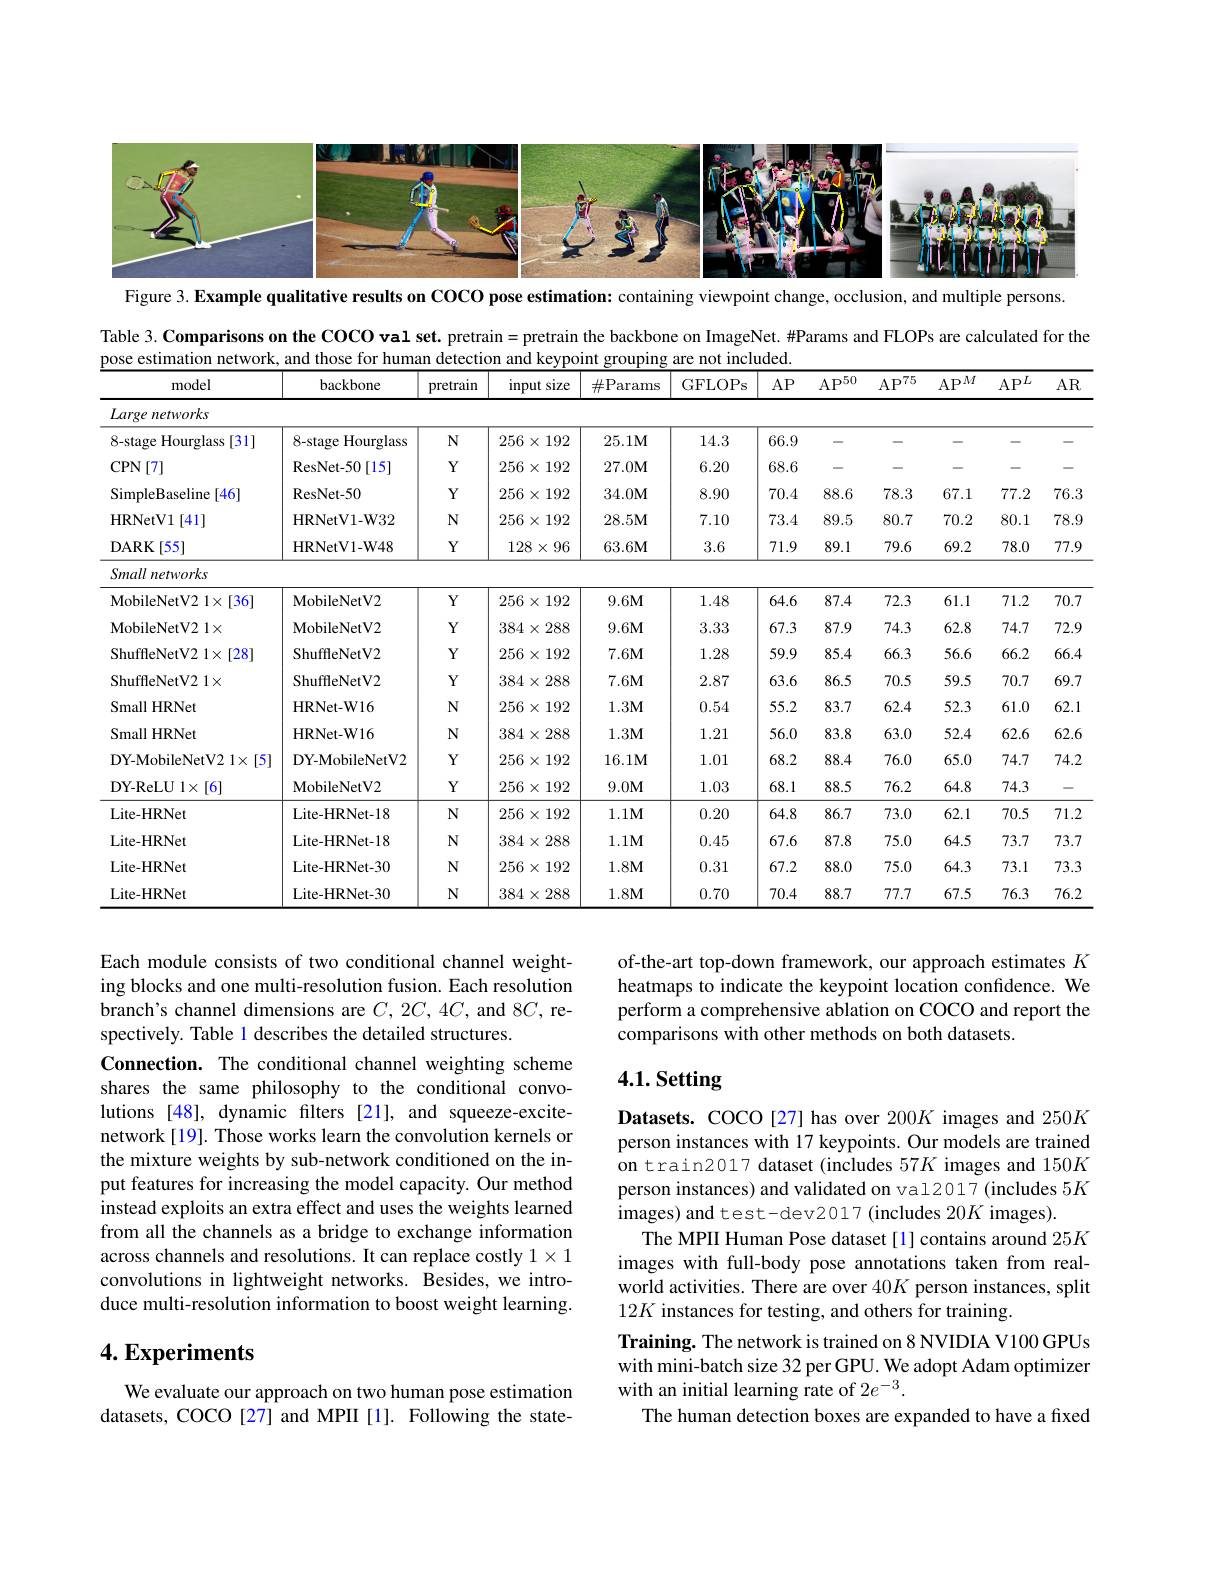
<FigureHere>

Figure 3. Example qualitative results on COCO pose estimation: containing viewpoint change, occlusion, and multiple persons.

Table 3. Comparisons on the COCO val set. pretrain = pretrain the backbone on ImageNet. #Params and FLOPs are calculated for the
detection
not included.
<table>
	<tbody>
		<tr>
			<th>model</th>
			<th>backbone</th>
			<th>pretrain</th>
			<th>input size</th>
			<th>$\#$Pa arams</th>
			<th>GFLOPs</th>
			<th>$AP$</th>
			<th>$AP^{50}$</th>
			<th>$AP75$</th>
			<th>$APM$</th>
			<th>$APL$</th>
			<th>$AR$</th>
		</tr>
		<tr>
			<td>Large networks</td>
			<td> </td>
			<td> </td>
			<td> </td>
			<td> </td>
			<td> </td>
			<td> </td>
			<td> </td>
			<td> </td>
			<td> </td>
			<td> </td>
			<td> </td>
		</tr>
		<tr>
			<td>8-stage Hourglass [31] 1</td>
			<td>8-stage F Hourglass</td>
			<td>$N$</td>
			<td>$256\times$ 192</td>
			<td>$25.1\mathbf{M}$</td>
			<td>14.3</td>
			<td>66.9</td>
			<td>-</td>
			<td>-</td>
			<td>-</td>
			<td>- </td>
			<td> </td>
		</tr>
		<tr>
			<td>$CPN[7]$</td>
			<td>ResNet-50[15]</td>
			<td>Y</td>
			<td>$256\times$ 192</td>
			<td>$27.0\mathbf{M}$</td>
			<td>6.20</td>
			<td>68.6</td>
			<td>一</td>
			<td></td>
			<td>一</td>
			<td> </td>
			<td>-</td>
		</tr>
		<tr>
			<td>SimpleBaseline $\Xi[46]$</td>
			<td>ResNet-50</td>
			<td>Y</td>
			<td>$256\times$ 192</td>
			<td>$34.0\mathbf{M}$</td>
			<td>8.90</td>
			<td>70.4</td>
			<td>88.6</td>
			<td>78.3</td>
			<td>67.1</td>
			<td>77.2</td>
			<td>76.3</td>
		</tr>
		<tr>
			<td>HRNetV1 [41]</td>
			<td>HRNetV1-W32</td>
			<td>$N$</td>
			<td>$256\times$ 192</td>
			<td>$28.5\mathbf{M}$</td>
			<td>7.10</td>
			<td>73.4</td>
			<td>89.5</td>
			<td>80.7</td>
			<td>70.2</td>
			<td>80.1</td>
			<td>78.9</td>
		</tr>
		<tr>
			<td>DARK[ [55]</td>
			<td>HRNetV1-W48</td>
			<td>$Y$</td>
			<td>$128\times96$</td>
			<td>$63.6\mathbf{M}$</td>
			<td>3.6</td>
			<td>71.9</td>
			<td>89.1</td>
			<td>79.6</td>
			<td>69.2</td>
			<td>78.0</td>
			<td>77.9</td>
		</tr>
		<tr>
			<td>Small networks</td>
			<td> </td>
			<td> </td>
			<td> </td>
			<td> </td>
			<td> </td>
			<td> </td>
			<td> </td>
			<td> </td>
			<td> </td>
			<td> </td>
			<td> </td>
		</tr>
		<tr>
			<td>${\mathrm{MobileNetV2~1\times}}$ $\times[36]$</td>
			<td>MobileNetV2</td>
			<td>$Y$</td>
			<td>$256\times$ 192 1</td>
			<td>$9.6M$</td>
			<td>1.48</td>
			<td>64.6</td>
			<td>87.4</td>
			<td>72.3</td>
			<td>61.1</td>
			<td>71.2</td>
			<td>70.7</td>
		</tr>
		<tr>
			<td>MobileNetV2 1\times </td>
			<td>MobileNetV2</td>
			<td>Y</td>
			<td>$384\times288$</td>
			<td>$9.6M$</td>
			<td>3.33</td>
			<td>67.3</td>
			<td>87.9</td>
			<td>74.3</td>
			<td>62.8</td>
			<td>74.7</td>
			<td>72.9</td>
		</tr>
		<tr>
			<td>ShuffleNetV2 1\times [28] </td>
			<td>ShuffleNetV2</td>
			<td>Y</td>
			<td>$256\times$ 192 </td>
			<td>$7.6\mathbf{M}$</td>
			<td>1.28</td>
			<td>59.9</td>
			<td>85.4</td>
			<td>66.3</td>
			<td>56.6</td>
			<td>66.2</td>
			<td>66.4</td>
		</tr>
		<tr>
			<td>ShuffleNetV2 1\times </td>
			<td>ShuffleNetV2</td>
			<td>Y</td>
			<td>$384\times288$</td>
			<td>$7.6M$</td>
			<td>2.87</td>
			<td>63.6</td>
			<td>86.5</td>
			<td>70.5</td>
			<td>59.5</td>
			<td>70.7</td>
			<td>69.7</td>
		</tr>
		<tr>
			<td>Small HRNet</td>
			<td>HRNet-W16</td>
			<td>$N$</td>
			<td>$256\times$ 192 1</td>
			<td>$1.3\mathbf{M}$</td>
			<td>0.54</td>
			<td>55.2</td>
			<td>83.7</td>
			<td>62.4</td>
			<td>52.3</td>
			<td>61.0</td>
			<td>62.1</td>
		</tr>
		<tr>
			<td>Small HRNet</td>
			<td>HRNet- W16</td>
			<td>$N$</td>
			<td>$384\times288$</td>
			<td>$1.3\mathbf{M}$</td>
			<td>1.21</td>
			<td>56.0</td>
			<td>83.8</td>
			<td>63.0</td>
			<td>52.4</td>
			<td>62.6</td>
			<td>62.6</td>
		</tr>
		<tr>
			<td>DY-MobileNetV2 1×[5]</td>
			<td>DY-MobileNetV2</td>
			<td>$Y$</td>
			<td>$256\times$ 192</td>
			<td>16.1M</td>
			<td>1.01</td>
			<td>68.2</td>
			<td>88.4</td>
			<td>76.0</td>
			<td>65.0</td>
			<td>74.7</td>
			<td>74.2</td>
		</tr>
		<tr>
			<td>${\mathrm{DY-ReLU~1\times[6]}}$</td>
			<td>MobileNetV2</td>
			<td>$Y$</td>
			<td>$256\times$ 192</td>
			<td>$9.0M$</td>
			<td>1.03</td>
			<td>68.1</td>
			<td>88.5</td>
			<td>76.2</td>
			<td>64.8</td>
			<td>74.3</td>
			<td>- -</td>
		</tr>
		<tr>
			<td>Lite-HRNet</td>
			<td>Lite-HRNet-18</td>
			<td>$N$</td>
			<td>$256\times$ 192 </td>
			<td>$1.1M$</td>
			<td>0.20</td>
			<td>64.8</td>
			<td>86.7</td>
			<td>73.0</td>
			<td>62.1</td>
			<td>70.5</td>
			<td>71.2</td>
		</tr>
		<tr>
			<td>Lite-HRNet</td>
			<td>Lite-HRNet-18</td>
			<td>$N$</td>
			<td>$384\times288$</td>
			<td>$1.1M$</td>
			<td>0.45</td>
			<td>67.6</td>
			<td>87.8</td>
			<td>75.0</td>
			<td>64.5</td>
			<td>73.7</td>
			<td>73.7</td>
		</tr>
		<tr>
			<td>Lite-HRNet</td>
			<td>Lite- HRNet- 30</td>
			<td>$N$</td>
			<td>$256\times$ 192</td>
			<td>$1.8M$</td>
			<td>0.31</td>
			<td>67.2</td>
			<td>88.0</td>
			<td>75.0</td>
			<td>64.3</td>
			<td>73.1</td>
			<td>73.3</td>
		</tr>
		<tr>
			<td>Lite-HRNet</td>
			<td>Lite-HRNet-30</td>
			<td>$N$</td>
			<td>$384\times288$</td>
			<td>$1.8\mathbf{M}$</td>
			<td>0.70</td>
			<td>70.4</td>
			<td>88.7</td>
			<td>77.7</td>
			<td>67.5</td>
			<td>76.3</td>
			<td>76.2</td>
		</tr>
	</tbody>
</table>

of-the-art top-down framework, our approach estimates $K$ heatmaps to indicate the keypoint location confidence. We perform a comprehensive ablation on COCO and report the comparisons with other methods on both datasets.

# 4.1. Setting

Each module consists of two conditional channel weighting blocks and one multi-resolution fusion. Each resolution branch's channel dimensions are $C,2C,4C$, and 8$C$, respectively. Table 1 describes the detailed structures.
Connection. The conditional channel weighting scheme shares the same philosophy to the conditional convolutions [48], dynamic filters [21], and squeeze-excitenetwork[19]. Those works learn the convolution kernels or the mixture weights by sub-network conditioned on the input features for increasing the model capacity. Our method instead exploits an extra effect and uses the weights learned from all the channels as a bridge to exchange information across channels and resolutions. It can replace costly $1\times1$ convolutions in lightweight networks. Besides, we introduce multi-resolution information to boost weight learning.

Datasets. COCO[27] has over 200K images and 250K person instances with 17 keypoints. Our models are trained on train2017 dataset (includes 57K images and 150K person instances) and validated on val2017 (includes 5K images) and test- dev2017 ( includes 20K images) .
The MPII Human Pose dataset [1] contains around $25K$ images with full-body pose annotations taken from realworld activities. There are over 40$K$ person instances, split $12K$ instances for testing, and others for training.
Training. The network is trained on 8 NVIDIA V100 GPUs with mini-batch size 32 per GPU. We adopt Adam optimizer with an initial learning rate of $2e^{-3}.$
The human detection boxes are expanded to have a fixed

# 4. Experiments

We evaluate our approach on two human pose estimation datasets, COCO[27] and MPII [1]. Following the state-